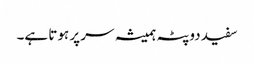
سفید دوپٹہ ہمیشہ سر پر ہوتا ہے۔